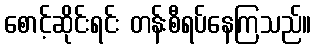
စောင့်ဆိုင်းရင်း တန်းစီရပ်နေကြသည်။